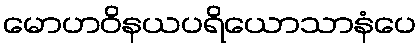
မောဟဝိနယပရိယောသာနံပေ